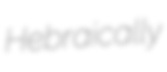
Hebraically